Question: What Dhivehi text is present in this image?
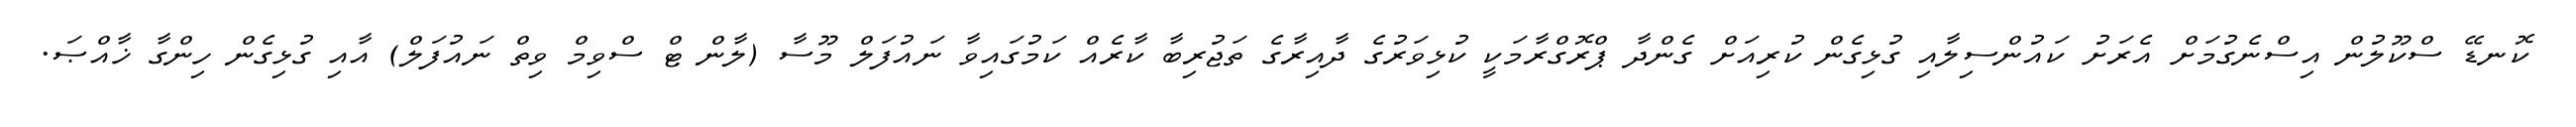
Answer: ކޮނޑޭ ސްކޫލުން އިސްނެގުމަށް އެރަށު ކައުންސިލާއި ގުޅިގެން ކުރިއަށް ގެންދާ ޕްރޮގްރާމަކީ ކުޅިވަރުގެ ދާއިރާގެ ތަޖުރިބާ ކާރެއް ކަމުގައިވާ ނައުފަލް މޫސާ (ލާން ޓް ސްވިމް ވިތް ނައުފަލް) އާއި ގުޅިގެން ހިންގާ ޚާއްޞަ.